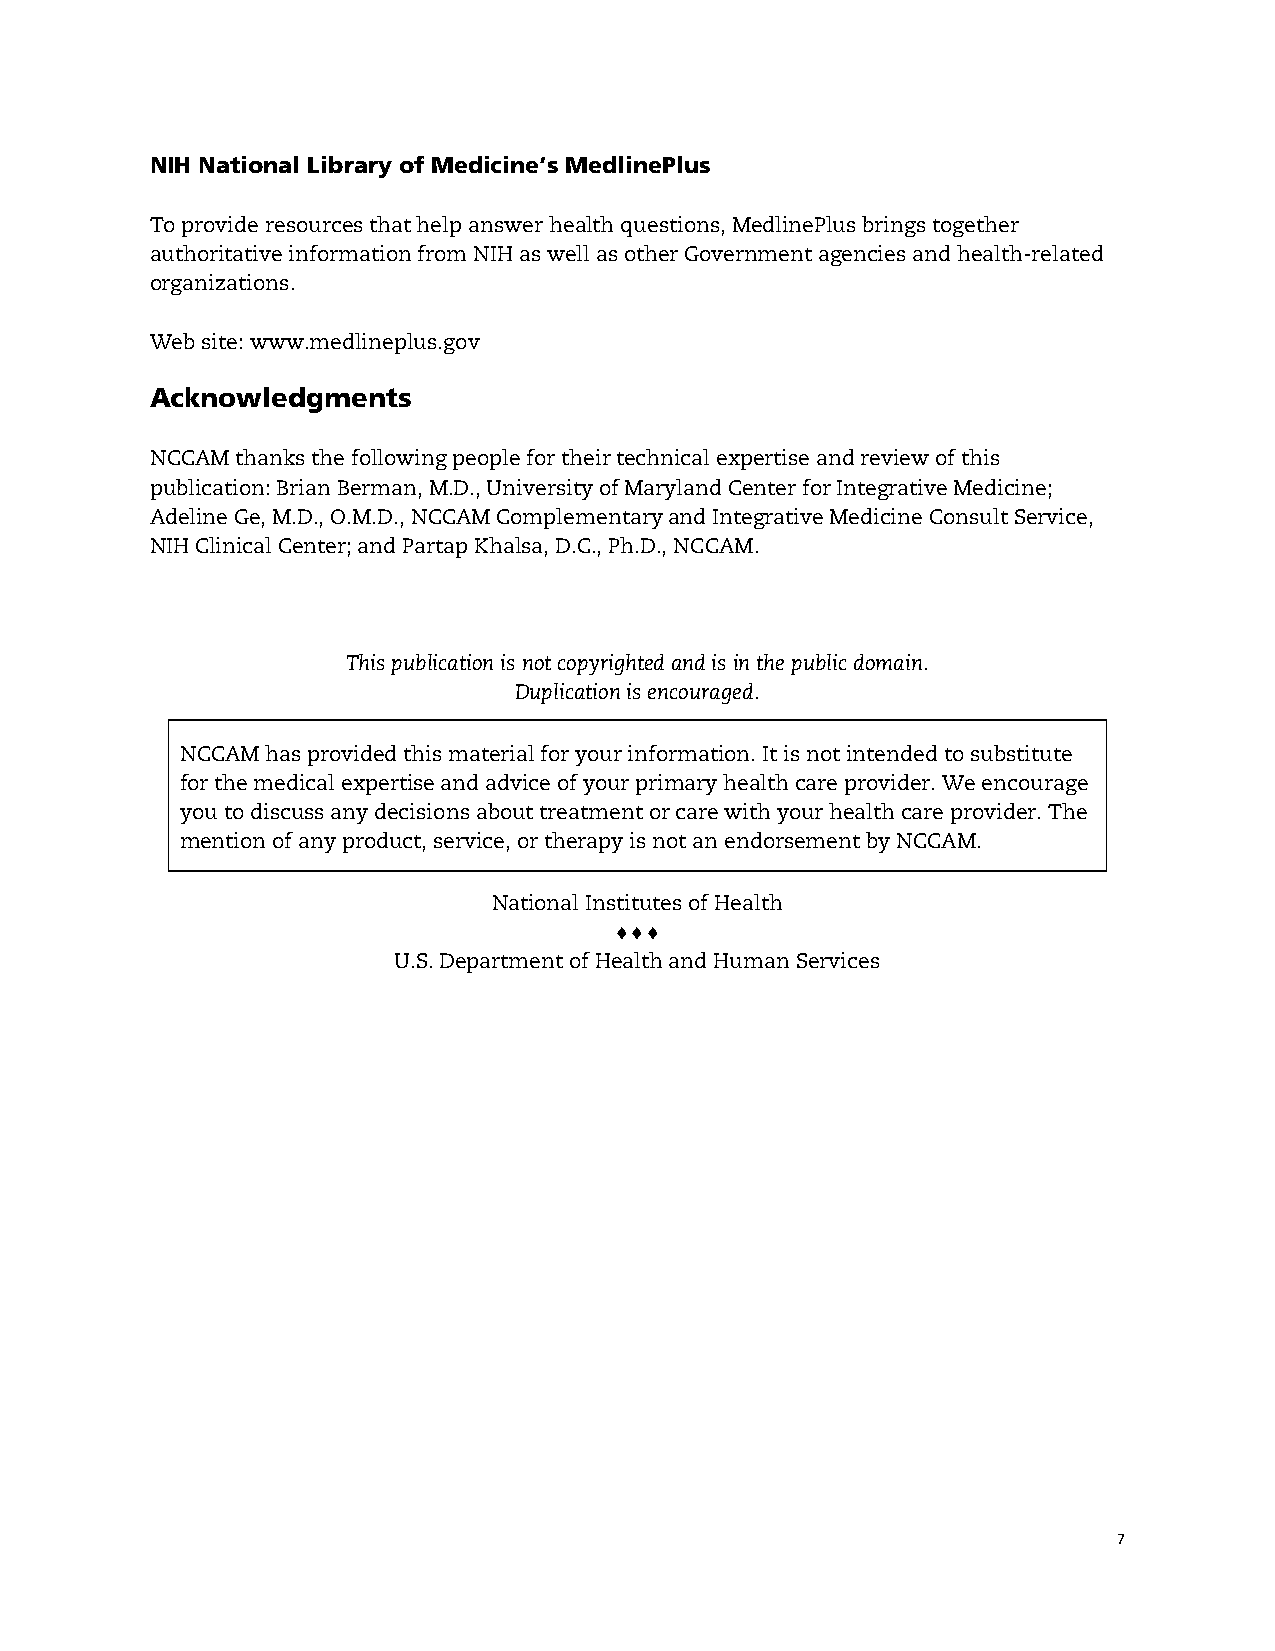
NIH National Library of Medicine’s MedlinePlus
 To provide resources that help answer health questions, MedlinePlus brings together
 authoritative information from NIH as well as other Government agencies and health-related
 organizations.
 Web site: www.medlineplus.gov
 Acknowledgments
 NCCAM thanks the following people for their technical expertise and review of this
 publication: Brian Berman, M.D., University of Maryland Center for Integrative Medicine;
 Adeline Ge, M.D., O.M.D., NCCAM Complementary and Integrative Medicine Consult Service,
 NIH Clinical Center; and Partap Khalsa, D.C., Ph.D., NCCAM.
 This publication is not copyrighted and is in the public domain.
 Duplication is encouraged.
 NCCAM has provided this material for your information. It is not intended to substitute
 for the medical expertise and advice of your primary health care provider. We encourage
 you to discuss any decisions about treatment or care with your health care provider. The
 mention of any product, service, or therapy is not an endorsement by NCCAM.
 National Institutes of Health
 
 U.S. Department of Health and Human Services
 7